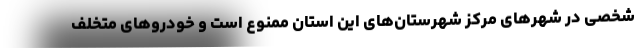
شخصی در شهرهای مرکز شهرستان‌های این استان ممنوع است و خودروهای متخلف